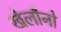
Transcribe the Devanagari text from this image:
खेलौनो